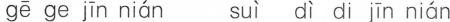
gē ge jīn nián suì dì di jīn nián